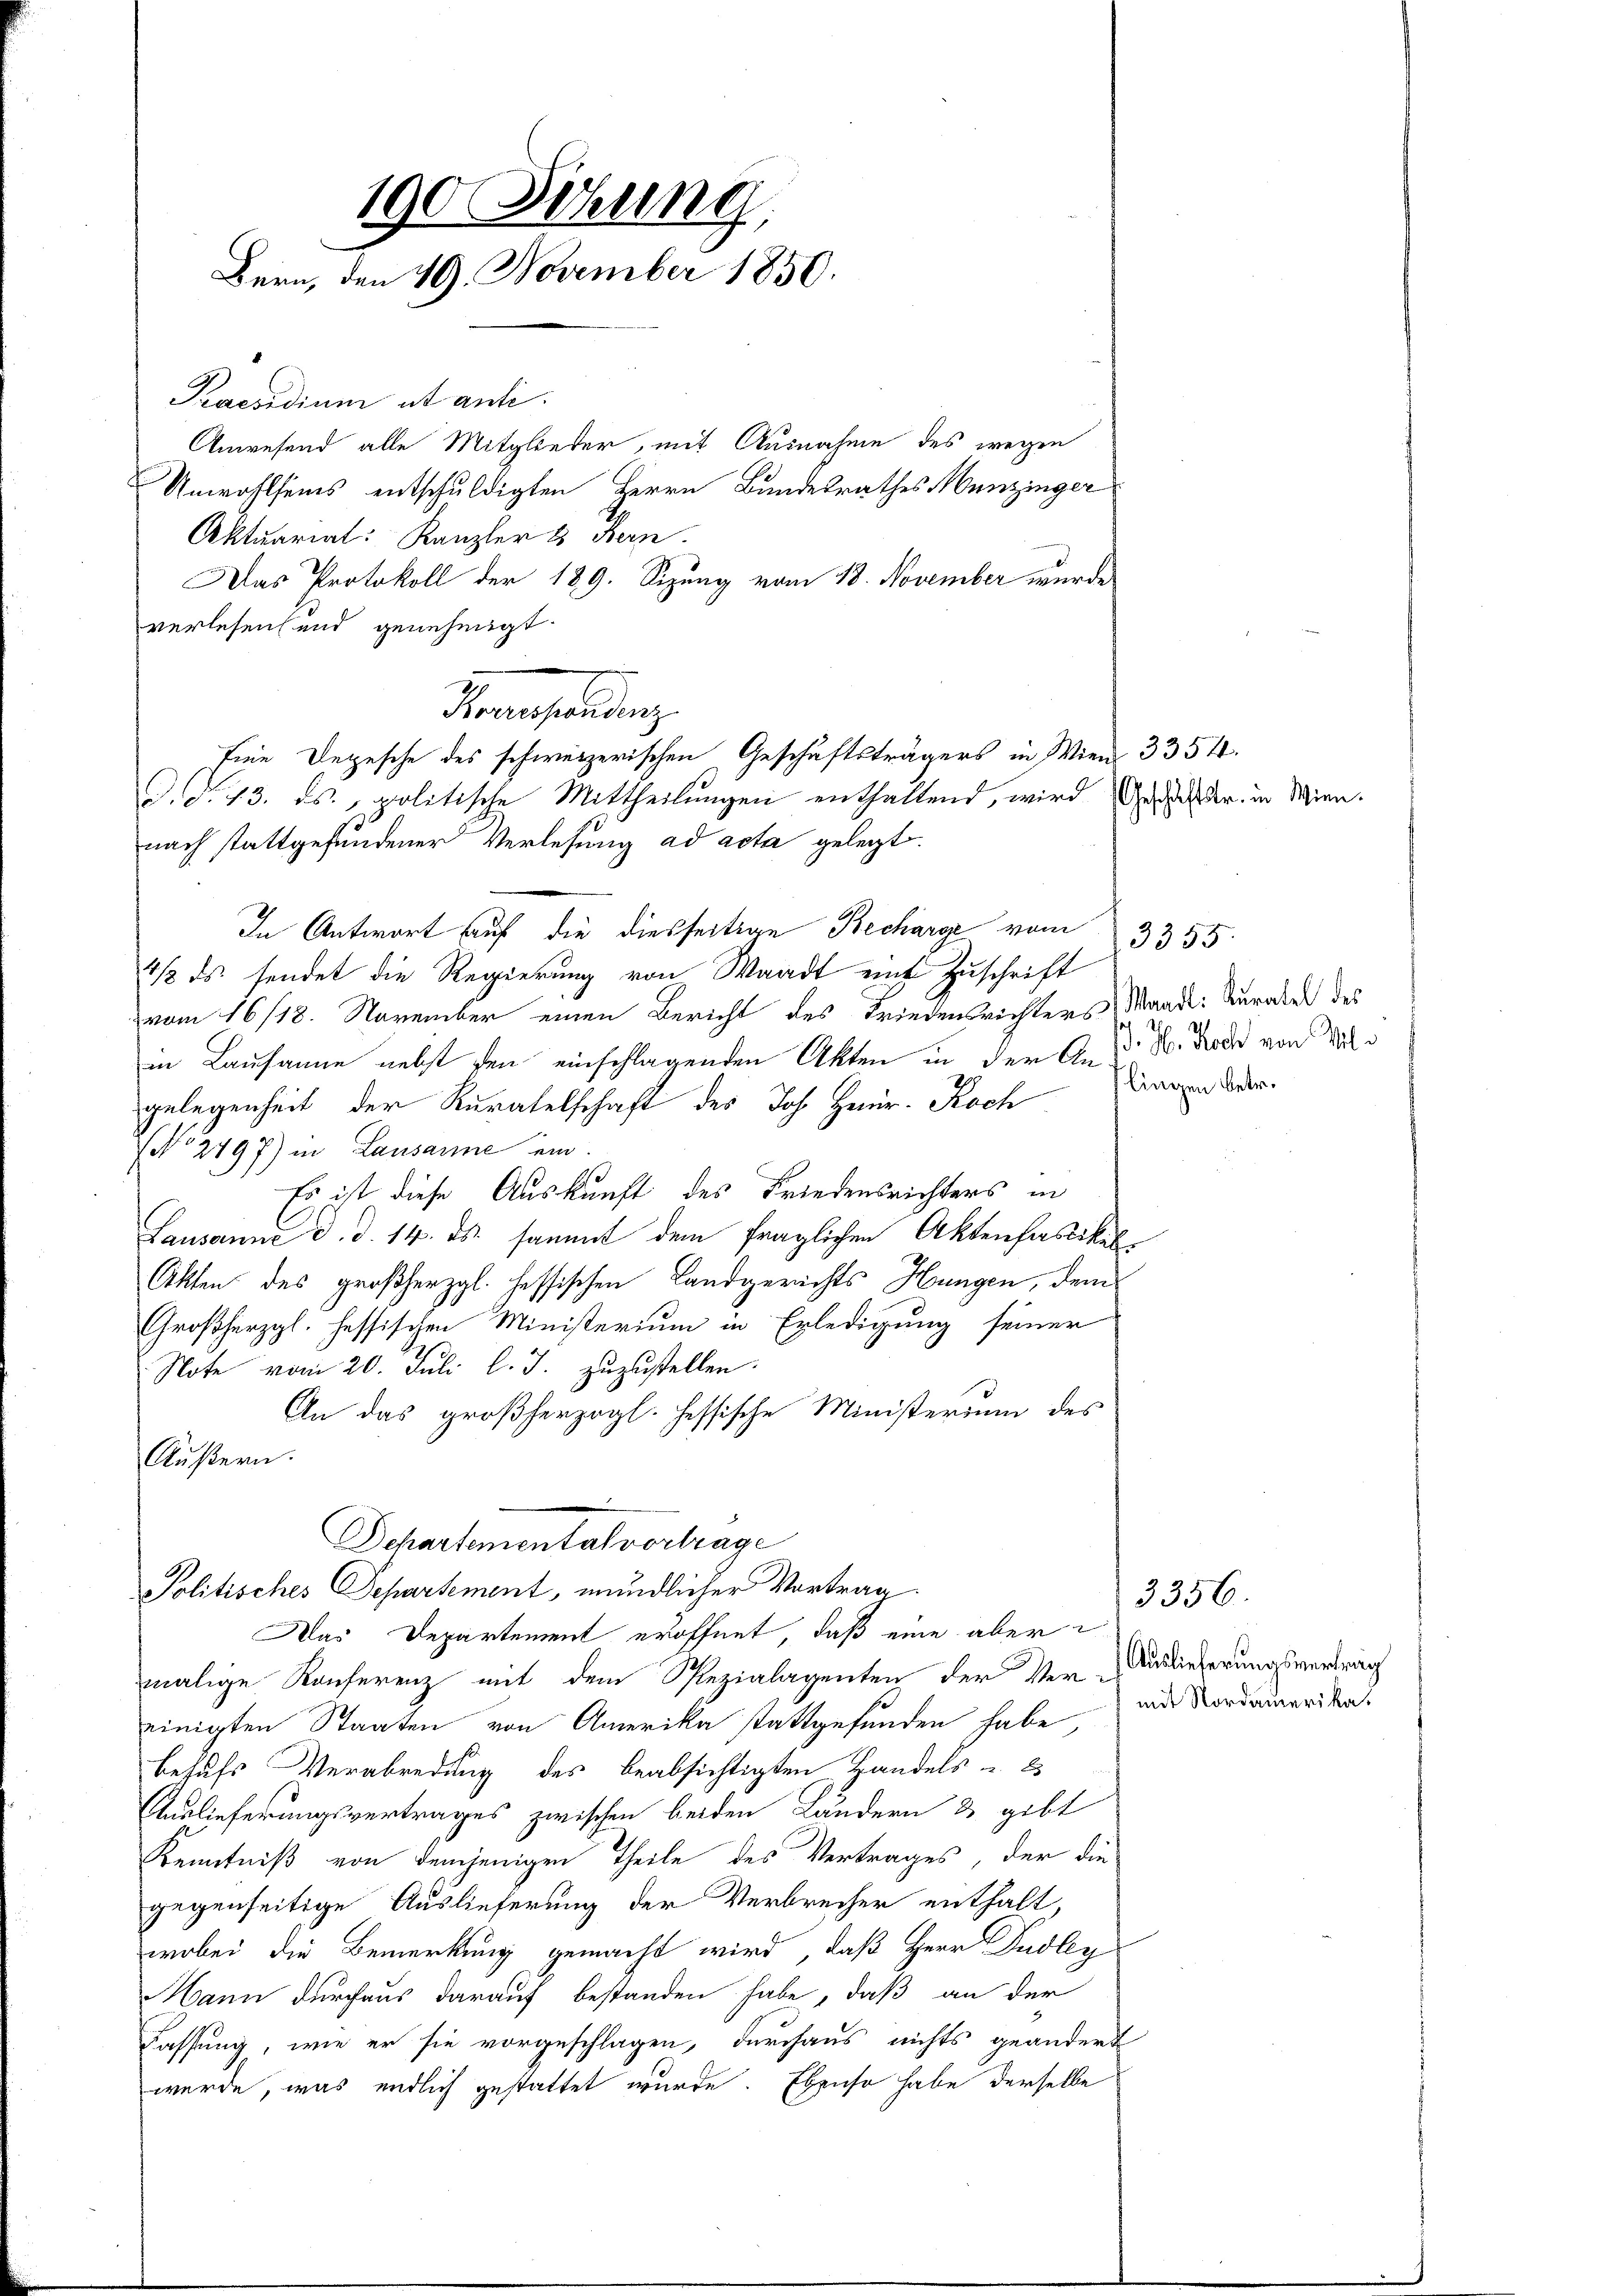
190 Sihung
Bern, den 19. November 1850.

Praesidium et anti.
Unwohlseins entschuldigten Herrn Bundesrathes Menzinger
Aktuariat: Kanzler & Bern.
Das Protokoll der 189. Sizung vom 18. November wurde
verlesen und genehmigt.
Pensiedlung
Eine Depesche des schweizerischen Geschäftsträgers in Wien 3354.
d. d. 13. ds., politische Mittheilungen enthaltend, wird geste Dr. in Wien.
nach stattgefundener Verlesung ad acta gelegt.
In Antwort auf die diesseitian Bechars vom
4/2 ds. sendet die Regierung von Waadt eine Zuschrift
vom 16/18. November einen Bericht des Friedensrichters Waadt: Kurakel des
in Lausanne nebst den einschlagenden Akten in der A. H. Doch von Volgelegenheit der Kuratelschaft des Joh. Heinr. Koch
No 2797) in Lausanne ein
Es ist diese Auskunft des Friedensrichters in
Lausanne d. d. 14. ds. sammt dem fraglichen Aktenhastikel
Akten des großherzgl. hessischen Landgerichts Hungen, dem
Großherzgl. hessischen Ministerium in Erledigung seiner
Note vom 20. Juli l. J. zuzustellen.
An das großherzogl. Hessische Ministerium des
Äußern.

Anwesend alle Mitglieder, mit Ausnahme des wegen

Schartementalvertrage
Politisches Departement, mündlicher Vortrag.

Das Departement eröffnet, daß eine aber
malige Konferenz mit dem Spezialagenten der Ver-Auslieferungsverträg
einigten Staaten von Amerika stattgefunden habe,
behufs Verabredung des beabsichtigten Handels u. es
Auslieferungsvertrages zwischen beiden Ländern & gibt
Kenntniß von demjenigen Theile des Vertrages, der die
gegenseitige Auslieferung der Verbrecher enthalt,
wobei die Bemerkung gemacht wird, daß Herr Dudley
Mann durchaus darauf bestanden habe, daß an der
Fassung, wie er sie vorgeschlagen, durchaus nichts geändert
werde, was endlich gestattet wurde. Ebenso habe derselbe

3355.
lingen betr.

mit Nordamerika.

3356.